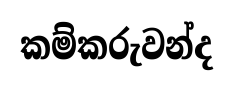
කම්කරුවන්ද